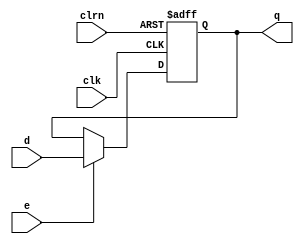
`timescale 1ns / 1ps
//////////////////////////////////////////////////////////////////////////////////
// Company: 
// Engineer: 
// 
// Design Name: 
// Module Name: dff32
// Project Name: 
// Target Devices: 
// Tool Versions: 
// Description: 
// 
// Dependencies: 
// 
// Revision:
// Revision 0.01 - File Created
// Additional Comments:
// 
//////////////////////////////////////////////////////////////////////////////////


module dff32(
    input[31:0] d,//
    input clk,//
    input clrn,//
    input e,//,1
    output reg [31:0] q//
    );
    always @ (negedge clrn or posedge clk)
        if (clrn == 0) begin//clrn=0
           q <= 0;
        end else begin
            if (e==1) q <= d;//clrn!=0,1
       end
endmodule